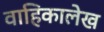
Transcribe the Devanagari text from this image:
वाहिकालेख